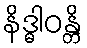
နိဒ္ဓါဝန္တိ